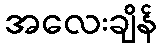
အလေးချိန်